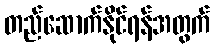
တည်ဆောက်နိုင်ရန်အတွက်